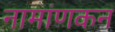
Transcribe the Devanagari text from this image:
नामांणकन